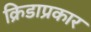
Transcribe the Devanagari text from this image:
क्रिडाप्रकार